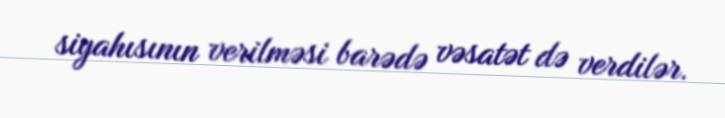
siyahısının verilməsi barədə vəsatət də verdilər.